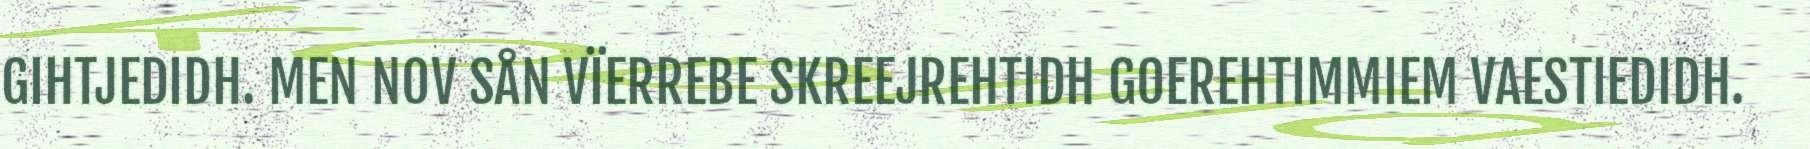
GIHTJEDIDH. MEN NOV SÅN VÏERREBE SKREEJREHTIDH GOEREHTIMMIEM VAESTIEDIDH.